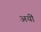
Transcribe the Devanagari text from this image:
अयीं